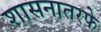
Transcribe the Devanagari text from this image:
शासनातरफे